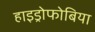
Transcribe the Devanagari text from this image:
हाइड्रोफोबिया